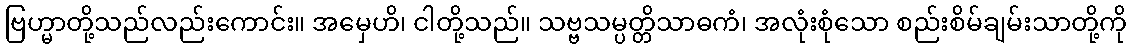
ဗြဟ္မာတို့သည်လည်းကောင်း။ အမှေဟိ၊ ငါတို့သည်။ သဗ္ဗသမ္ပတ္တိသာဓကံ၊ အလုံးစုံသော စည်းစိမ်ချမ်းသာတို့ကို